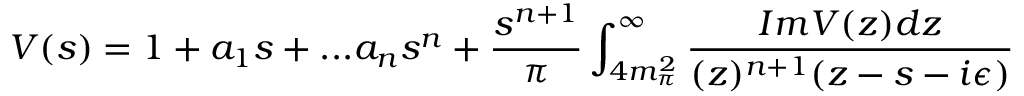
V ( s ) = 1 + a _ { 1 } s + . . . a _ { n } s ^ { n } + \frac { s ^ { n + 1 } } { \pi } \int _ { 4 m _ { \pi } ^ { 2 } } ^ { \infty } \frac { I m V ( z ) d z } { ( z ) ^ { n + 1 } ( z - s - i \epsilon ) }